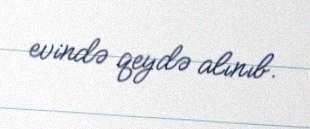
evində qeydə alınıb.